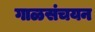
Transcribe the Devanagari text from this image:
गाळसंचयन